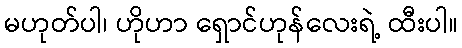
မဟုတ်ပါ၊ ဟိုဟာ ရှောင်ဟုန်လေးရဲ့ ထီးပါ။